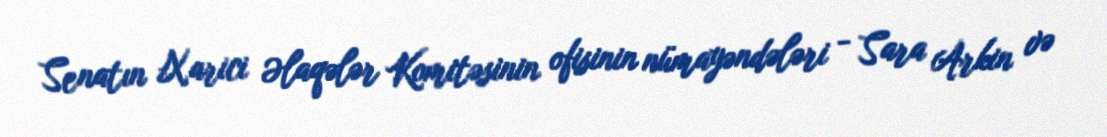
Senatın Xarici Əlaqələr Komitəsinin ofisinin nümayəndələri - Sara Arkin və